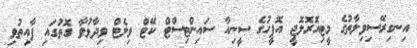
އިނގިރޭސިވިލާތުގެ މީޓިއޮރޮލޮޖީ އޮފީހުގެ ސީނިއާ ސައިންޓިސްޓް ކޭޓް ވިލެޓް ވިދާޅުވާ ގޮތުގައި ފާއިތުވި